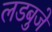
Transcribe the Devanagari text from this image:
लडबुजे